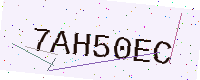
Text: 7AH50EC